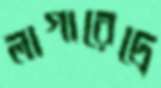
লাগারেদ্রে